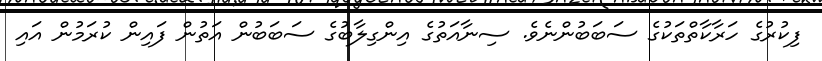
ފިކުރުގެ ހަރާކާތްތަކުގެ ސަބަބުންނެވެ. ސިނާއަތުގެ އިންގިލާބުގެ ސަބަބުން އަތުން ފައިން ކުރަމުން އައި